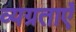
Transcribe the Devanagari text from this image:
व्यग्रताएँ